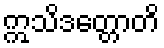
ဣသိဒတ္တောတိ